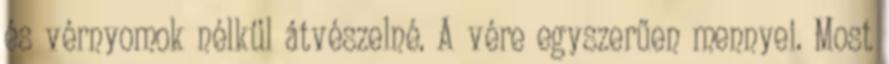
és vérnyomok nélkül átvészelné. A vére egyszerűen mennyei. Most